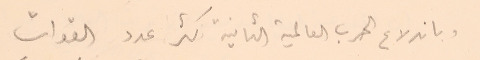
وباندلاع الحرب العالمية الثانية اكثر عدد القوات